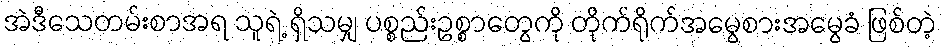
အဲဒီသေတမ်းစာအရ သူရဲ့ ရှိသမျှ ပစ္စည်းဥစ္စာတွေကို တိုက်ရိုက်အမွေစားအမွေခံ ဖြစ်တဲ့